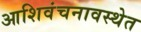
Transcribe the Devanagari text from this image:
आशिवंचनावस्थेत